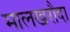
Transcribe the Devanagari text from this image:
मालखरौदा